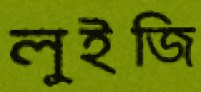
লুইজি